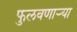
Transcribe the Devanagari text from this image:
फुलवणार्‍या